Civil Veterinary Department ledger series I-VI
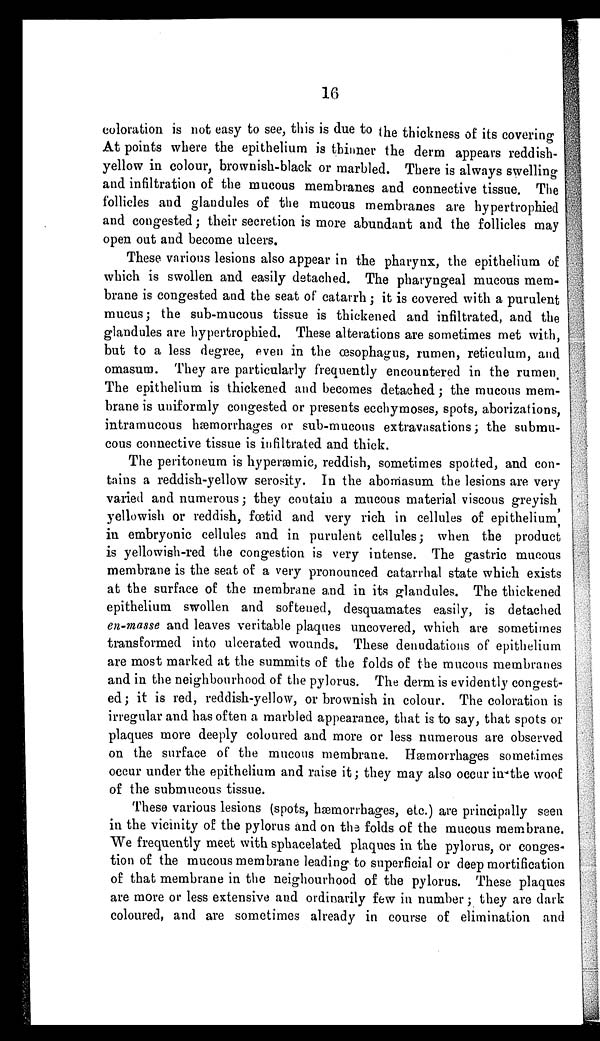
16
coloration is not easy to see, this is due to the thickness of its covering
At points where the epithelium is thinner the derm appears reddish-
yellow in colour, brownish-black or marbled. There is always swelling
and infiltration of the mucous membranes and connective tissue. The
follicles and glandules of the mucous membranes are hypertrophied
and congested; their secretion is more abundant and the follicles may
open out and become ulcers.
These various lesions also appear in the pharynx, the epithelium of
which is swollen and easily detached. The pharyngeal mucous mem-
brane is congested and the seat of catarrh; it is covered with a purulent
mucus; the sub-mucous tissue is thickened and infiltrated, and the
glandules are hypertrophied. These alterations are sometimes met with,
but to a less degree, even in the œsophagus, rumen, reticulum, and
omasum. They are particularly frequently encountered in the rumen.
The epithelium is thickened and becomes detached; the mucous mem-
brane is uniformly congested or presents ecchymoses, spots, aborizations,
intramucous hæmorrhages or sub-mucous extravasations; the submu-
cous connective tissue is infiltrated and thick.
The peritoneum is hyperæmic, reddish, sometimes spotted, and con-
tains a reddish-yellow serosity. In the abomasum the lesions are very
varied and numerous; they contain a mucous material viscous greyish,
yellowish or reddish, fœtid and very rich in cellules of epithelium,
in embryonic cellules and in purulent cellules; when the product
is yellowish-red the congestion is very intense. The gastric mucous
membrane is the seat of a very pronounced catarrhal state which exists
at the surface of the membrane and in its glandules. The thickened
epithelium swollen and softened, desquamates easily, is detached
en-masse and leaves veritable plaques uncovered, which are sometimes
transformed into ulcerated wounds. These denudations of epithelium
are most marked at the summits of the folds of the mucous membranes
and in the neighbourhood of the pylorus. The derm is evidently congest-
ed; it is red, reddish-yellow, or brownish in colour. The coloration is
irregular and has often a marbled appearance, that is to say, that spots or
plaques more deeply coloured and more or less numerous are observed
on the surface of the mucous membrane. Hæmorrhages sometimes
occur under the epithelium and raise it; they may also occur in the woof
of the submucous tissue.
These various lesions (spots, hæmorrhages, etc.) are principally seen
in the vicinity of the pylorus and on the folds of the mucous membrane.
We frequently meet with sphacelated plaques in the pylorus, or conges-
tion of the mucous membrane leading to superficial or deep mortification
of that membrane in the neighourhood of the pylorus. These plaques
are more or less extensive and ordinarily few in number; they are dark
coloured, and are sometimes already in course of elimination and